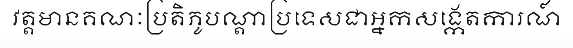
វត្តមានគណៈប្រតិភូបណ្តាប្រទេសជាអ្នកសង្កេតការណ៍